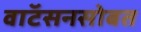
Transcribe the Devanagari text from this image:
वाॅटसनसोबत